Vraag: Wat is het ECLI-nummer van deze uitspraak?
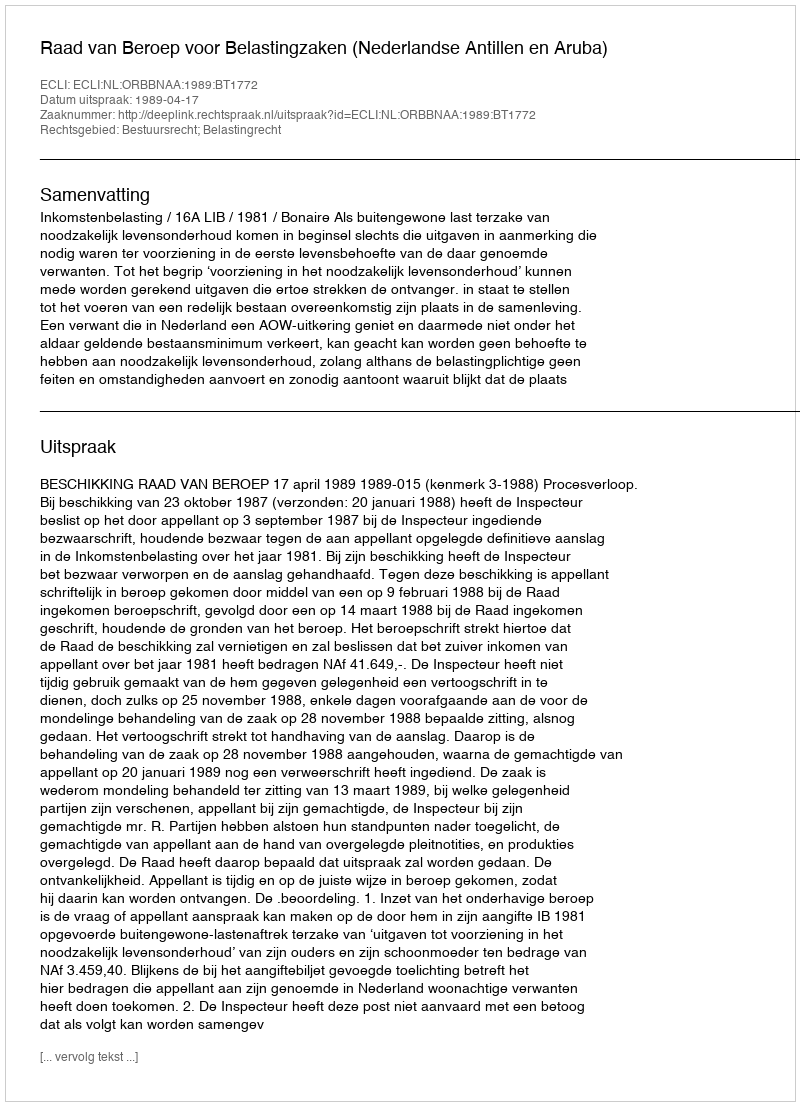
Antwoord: ECLI:NL:ORBBNAA:1989:BT1772